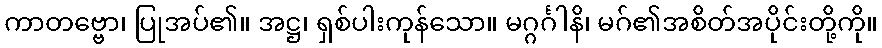
ကာတဗ္ဗော၊ ပြုအပ်၏။ အဋ္ဌ၊ ရှစ်ပါးကုန်သော။ မဂ္ဂင်္ဂါနိ၊ မဂ်၏အစိတ်အပိုင်းတို့ကို။